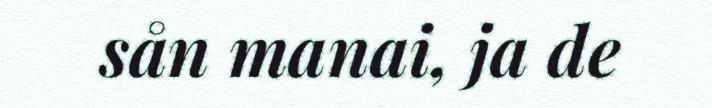
sån manai, ja de